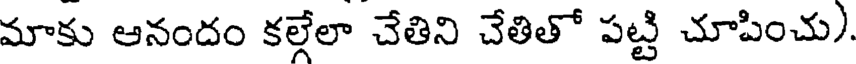
మాకు ఆనందం కల్లేలా చేతిని చేతితో పట్టి చూపించు)